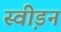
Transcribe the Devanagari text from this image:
स्वी़डन